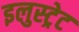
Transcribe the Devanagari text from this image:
इलुस्ट्रेट